Leprosy in India: report of the Leprosy Commission in India, 1890-91
Year: 1890
Disease focus: Leprosy
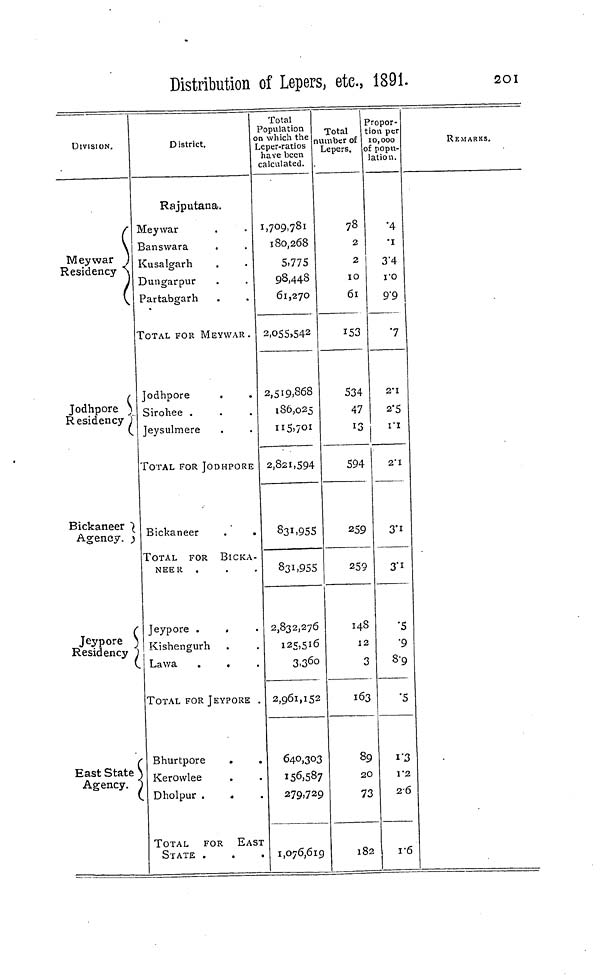
Distribution of Lepers, etc, 1891.
201
DIVISION.
Meywar
Residency
Jodhpore )
Residency ;
(
Bickaneer )
Agency, j
T*
(
Jeypore )
Residency )
(
East State )
Agency. *
D ¡strict.
Rajputana.
Meywar
Banswara
Kusalgarh
Dungarpur
Partabgarh
TOTAL FOR MEYWAR .
Jodhpore
.
Sirohee .
Jeysulmere
TOTAL FOR JODHPORE
Bickaneer
.
.
TOTAL FOR BICKA-
NEER .
Jeypore .
.
Kishengurh
Lawa
.
.
TOTAL FOR JEYPORE
Bhurtpore
Kerowlee
Dholpur .
.
TOTAL
FOR EAST
STATE .
.
.
Total
Population
n which thê
eper-ratios
have been
calculated.
1,709,781
180,268
5.775
98,448
61,270
2,055,542
2,519.868
186,025
115,701
2,821,594
831,955
831,955
2,832,276
125,516
3,3 6°2
,961,152
64°.3°3
156,587
279,729
1,076,619
Total
umber of
Lepers,
78
2
2
IO
6l
I53
534
47
13
S94
259
259
148
12
3
163
89
20
73
182
3
ropor-
tion per
10,000
)£ popu-
lation.
•4
'I
3'4
ro
9"9
7
2-1
2'5
I"I
2'I
3'1
3" 1
•5
'9
8-9
•5
1 '3
T2
26
1-6
REMARKS.